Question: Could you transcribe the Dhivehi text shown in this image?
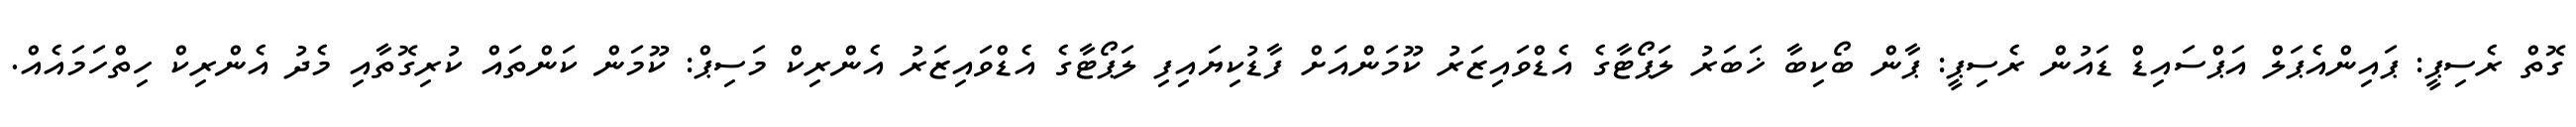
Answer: ގޮތް ރެސިޕީ: ޕައިންއެޕަލް އަޕްސައިޑް ޑައުން ރެސިޕީ: ޕާން ބޯކިބާ ޚަބަރު ލަޕޯޓާގެ އެޑްވައިޒަރު ކޫމަންއަށް ފާޑުކިޔައިފި ލަޕޯޓާގެ އެޑްވައިޒަރު އެންރިކް މަސިޕް: ކޫމަން ކަންތައް ކުރިގޮތާއި މެދު އެންރިކް ހިތްހަމައެއް.